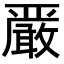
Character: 𫿞